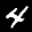
Label: 4